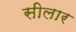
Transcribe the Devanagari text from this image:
सीलार